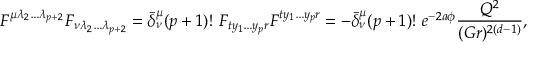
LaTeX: F ^ { \mu \lambda _ { 2 } \dots \lambda _ { p + 2 } } F _ { \nu \lambda _ { 2 } \dots \lambda _ { p + 2 } } = \bar { \delta } _ { \nu } ^ { \mu } ( p + 1 ) ! \ F _ { t y _ { 1 } \dots y _ { p } r } F ^ { t y _ { 1 } \dots y _ { p } r } = - \bar { \delta } _ { \nu } ^ { \mu } ( p + 1 ) ! \ e ^ { - 2 a \phi } { \frac { Q ^ { 2 } } { ( G r ) ^ { 2 ( d - 1 ) } } } ,